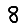
Digit: 8